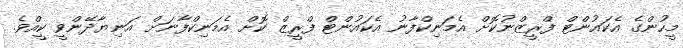
މީހުންގެ އެކައުންޓް ފްރީޒްނުކޮށް އެމަނިކްފާނު އެކައުންޓް ފްރީޒް ކޮށް އެމަނިކްފާނަށް އަނިޔާދޭންވީ ކީއްވެ.